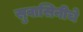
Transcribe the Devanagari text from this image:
सुवासिनीचे